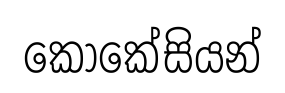
කොකේසියන්